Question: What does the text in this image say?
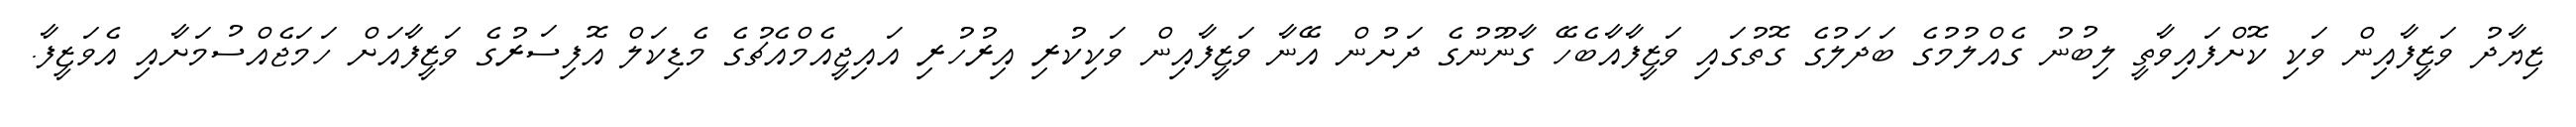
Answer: ޒިޔާދު ވަޒީފާއިން ވަކި ކޮށްފައިވާތީ ލިބުނު ގެއްލުމުގެ ބަދަލުގެ ގޮތުގައި ވަޒީފާއާބެހޭ ގާނޫނުގެ ދަށުން އޭނާ ވަޒީފާއިން ވަކިކުރި އިރުހުރި އައިޖީއެމްއެޗުގެ މެޑިކަލް އޮފިސަރުގެ ވަޒީފާއަށް ހަމަޖެއްސުމަށާއި އެވަޒީފާ.